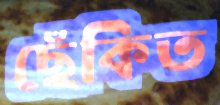
ছেঁকিত